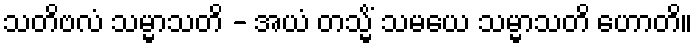
သတိဗလံ သမ္မာသတိ - အယံ တသ္မိံ သမယေ သမ္မာသတိ ဟောတိ။